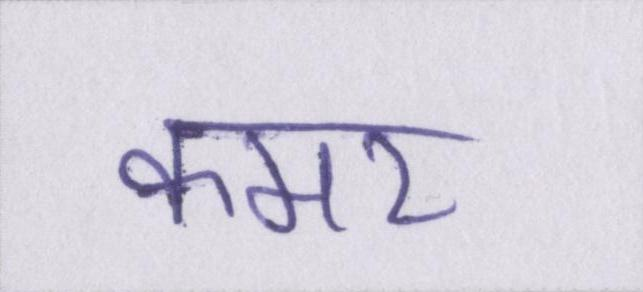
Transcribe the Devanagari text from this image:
कमर